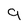
Character: 9